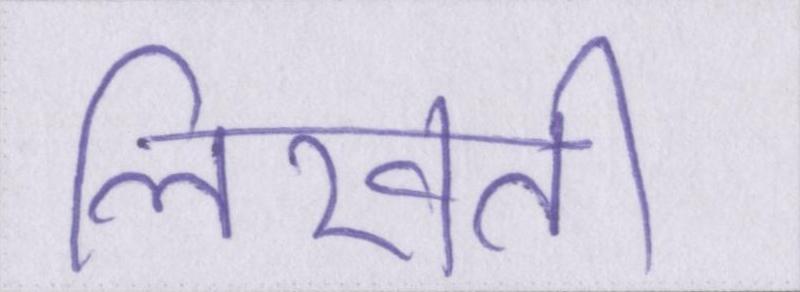
लिखती